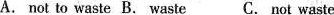
A. not to waste B. Waste C. Not waste